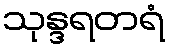
သုန္ဒရတရံ